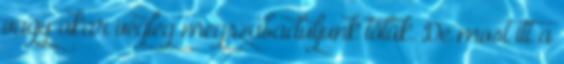
vagy akár végleg megszabaduljunk tőlük. De most itt a